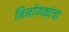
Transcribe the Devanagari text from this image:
निर्माणकांचा